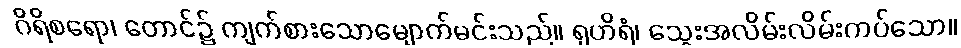
ဂိရိစရော၊ တောင်၌ ကျက်စားသောမျောက်မင်းသည်။ ရုဟိရံ၊ သွေးအလိမ်းလိမ်းကပ်သော။